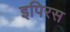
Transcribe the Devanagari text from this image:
इपिरस